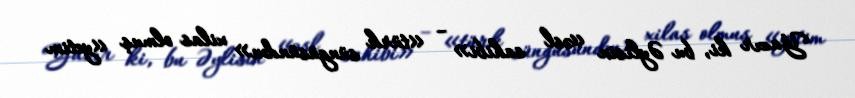
Yazır ki, bu Əylisin «əsl sahibi» – «türk süngüsündən» xilas olmuş «yetim